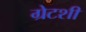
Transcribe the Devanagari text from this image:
ग्रेटशी